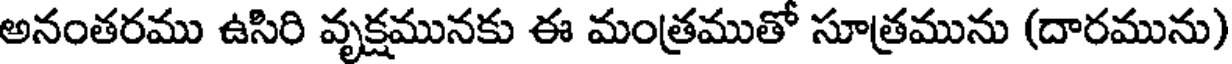
అనంతరము ఉసిరి వృక్షమునకు ఈ మంత్రముతో సూత్రమును (దారమును)